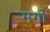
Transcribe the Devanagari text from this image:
मगों